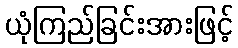
ယုံကြည်ခြင်းအားဖြင့်